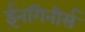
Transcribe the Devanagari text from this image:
ईनगिनीर्स